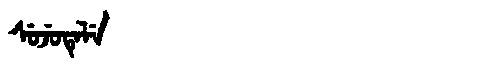
Manchu: ᠰᡠᠵᡠᡨᡝᠯᡝ
Romanization: SUJUTELE